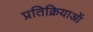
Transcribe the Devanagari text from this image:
प्रतिक्रियाआें